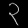
Digit: ၃